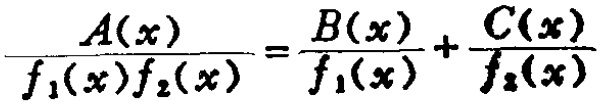
\(\frac{A(x)}{f_{1}(x)f_{2}(x)}=\frac{B(x)}{f_{1}(x)}+\frac{C(x)}{f_{2}(x)}\)